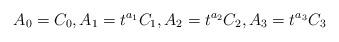
LaTeX: \begin{align*}A_0=C_0,A_1=t^{a_1}C_1,A_2=t^{a_2}C_2,A_3=t^{a_3}C_3\end{align*}